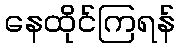
နေထိုင်ကြရန်